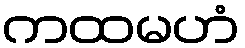
ကထမဟံ